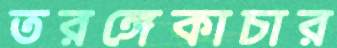
তরঙ্গেকাচার